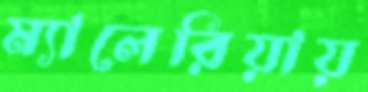
ম্যালেরিয়ায়